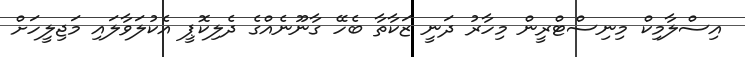
އިސްލާމިކް މިނިސްޓްރީން މިހާރު ދަނީ ޒަކާތާ ބެހޭ ގާނޫނެއްގެ ދެލިކޮޕީ އެކުލަވާލައި މަޖިލީހަށް